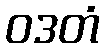
ဝဒတံ